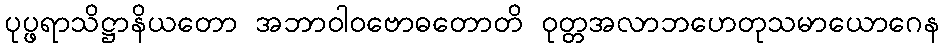
ပုပ္ဖရာသိဋ္ဌာနိယတော အဘာဝါဝဗောဓတောတိ ဝုတ္တအလာဘဟေတုသမာယောဂေန